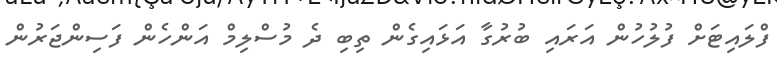
ފްލައިޓަށް ފުލުހުން އަރައި ބުރުގާ އަޅައިގެން ތިބި ދެ މުސްލިމް އަންހެން ފަސިންޖަރުން